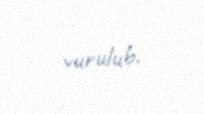
vurulub.